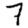
Digit: 7